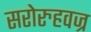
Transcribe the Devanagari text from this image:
सरोरुहवज्र